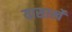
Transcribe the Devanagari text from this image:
यासार्खे